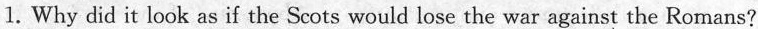
1.Why did it look as if the Scots would lose the war against the Romans?